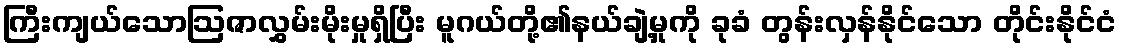
ကြီးကျယ်သောဩဇာလွှမ်းမိုးမှုရှိပြီး မူဂယ်တို့၏နယ်ချဲ့မှုကို ခုခံ တွန်းလှန်နိုင်သော တိုင်းနိုင်ငံ